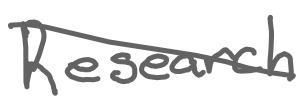
Text: Research
Cross-out: mix
Writing tool: digital_gray